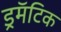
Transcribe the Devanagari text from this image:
ड्रमॅटिक